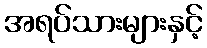
အရပ်သားများနှင့်